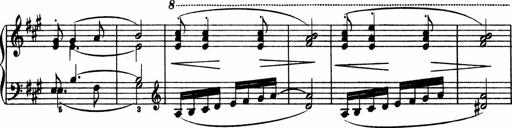
Title: 2 Sonatinen
Composer: Lambertus Adrianus van Tetterode